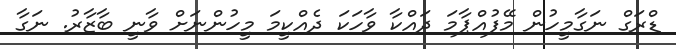
ޑްރަގް ނަގާމީހުން މޭފުއްޕާމަ ދައްކާ ވާހަކަ ދެެއްކީމަ މީހުންނަށް ވާނީ ބާޒާރު. ނަގާ